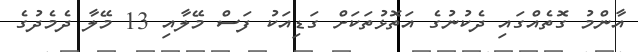
އާންމު ގޮތެއްގައި ދެކުނުގެ އަތޮޅުތަކަށް ގަޑިއަކު ފަސް މޭލާއި 13 މޭލާ ދެމެދުގެ